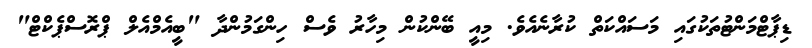
ޑިޕާޓްމަންޓުތަކުގައި މަސައްކަތް ކުރާނެއެވެ. މިއީ ބޭންކުން މިހާރު ވެސް ހިންގަމުންދާ "ބީއެމްއެލް ޕްރޮސްޕެކްޓް"